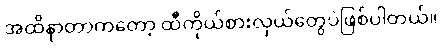
အထိနာတာကတော့ ထီကိုယ်စားလှယ်တွေပဲဖြစ်ပါတယ်။